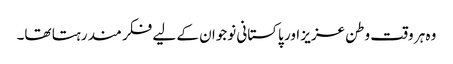
وہ ہر وقت وطن عزیز اور پاکستانی نوجوان کے لیے فکر مند رہتا تھا۔